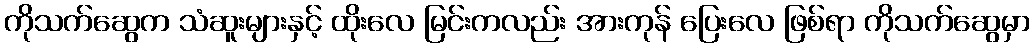
ကိုသက်ဆွေက သံဆူးများနှင့် ထိုးလေ မြင်းကလည်း အားကုန် ပြေးလေ ဖြစ်ရာ ကိုသက်ဆွေမှာ